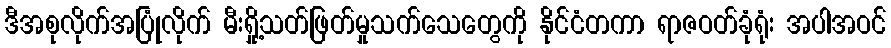
ဒီအစုလိုက်အပြုံလိုက် မီးရှို့သတ်ဖြတ်မှုသက်သေတွေကို နိုင်ငံတကာ ရာဇဝတ်ခုံရုံး အပါအဝင်